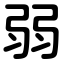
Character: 弱